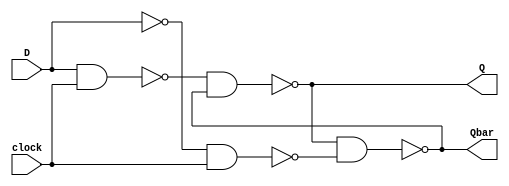
//PR 4 Perancangan Sistem Digital
//Fiorella Averina Gunawan
//NIM 19/443579/TK/48775
//D Flip Flop (Modul Desain Gate Level)

module dflipflop (D, clock, Q, Qbar); //Membuat modul berjudul "dflipflop" dengan parameter D, clock, Q, dan Qbar
    input D, clock; //Mendeklarasikan D dan clock sebagai input
    output Q, Qbar; //Mendeklarasikan Q dan Qbar sebagai output
    wire s1, s2; //Mendefinisikan s1 dan s2 sebagai wire. s1 dan s2 adalah kabel di dalam rangkaian

    not not1 (Dnot, D); //D dikenakan operasi not, yang output-nya adalah Dnot
    nand nand1 (s1, D, clock); //D dan clock dijadikan input NAND gate pertama. Output-nya adalah kabel s1
    nand nand2 (s2, Dnot, clock); //Dnot dan clock dijadikan input NAND gate kedua. Output-nya adalah kabel s2
    nand nand3 (Q, s1, Qbar); //Kabel s1 dan Qbar dijadikan input NAND gate ketiga. Output-nya adalah Q
    nand nand4 (Qbar, Q, s2); //Q dan kabel s2 dijadikan input NAND gate keempat. Output-nya adalah Qbar
endmodule //Mengakhiri modul